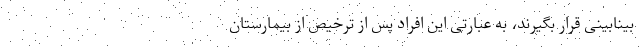
بینابینی قرار بگیرند، به عبارتی این افراد پس از ترخیص از بیمارستان